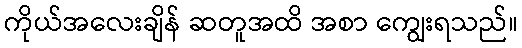
ကိုယ်အလေးချိန် ဆတူအထိ အစာ ကျွေးရသည်။